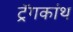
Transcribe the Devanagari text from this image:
ट्रॅगकांथ